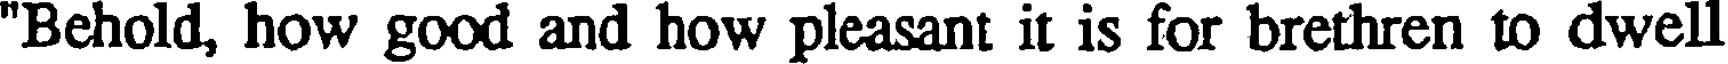
"Behold, how good and how pleasant it is for brethren to dwell